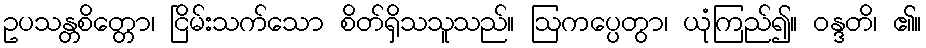
ဥပသန္တစိတ္တော၊ ငြိမ်းသက်သော စိတ်ရှိသသူသည်။ ဩကပ္ပေတွာ၊ ယုံကြည်၍။ ဝန္ဒတိ၊ ၏။